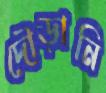
দৌড়ানি